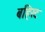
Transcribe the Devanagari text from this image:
बहिरट